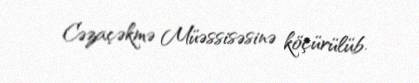
Cəzaçəkmə Müəssisəsinə köçürülüb.